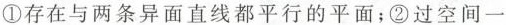
①存在与两条异面直线都平行的平面；②过空间一